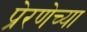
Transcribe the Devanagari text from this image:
प्रेरणेच्या